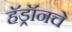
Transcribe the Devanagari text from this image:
हॅड्रॉनचे